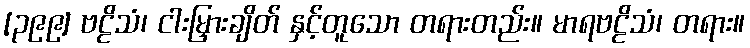
[၃၉၉] ဗဠိသံ၊ ငါးမြှားချိတ် နှင့်တူသော တရားတည်း။ မာရဗဠိသံ၊ တရား။